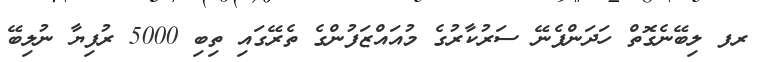
ރފ ލިބޭނެގޮތް ހަދަންފެނޭ ސަރުކާރުގެ މުއައްޒަފުންގެ ތެރޭގައި ތިބި 5000 ރުފިޔާ ނުލިބޭ